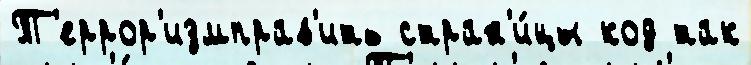
Т'еррор'измправ'ить стран'и́цы код так